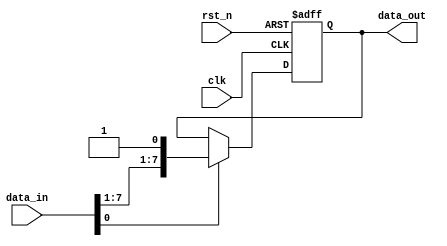
module falling_edge_register (
    input wire clk,          // Clock signal
    input wire rst_n,       // Active low reset signal
    input wire [7:0] data_in, // Input data
    output reg [7:0] data_out // Output data
);

// Initialization of the output register
initial begin
    data_out = 8'b0; // Set initial value to 0
end

// Always block sensitive to the negative edge of the clock
always @(negedge clk or negedge rst_n) begin
    if (!rst_n) begin
        // Asynchronous reset
        data_out <= 8'b0; // Reset output to 0
    end else begin
        // Update output based on input signal
        if (data_in[0]) begin
            data_out <= data_in; // Store input data if the least significant bit is high
        end
        // Additional conditional logic can be added here
    end
end

endmodule